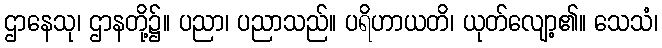
ဌာနေသု၊ ဌာနတို့၌။ ပညာ၊ ပညာသည်။ ပရိဟာယတိ၊ ယုတ်လျော့၏။ သေသံ၊